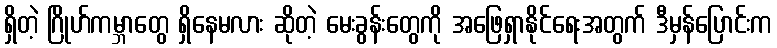
ရှိတဲ့ ဂြိုဟ်ကမ္ဘာတွေ ရှိနေမလား ဆိုတဲ့ မေးခွန်းတွေကို အဖြေရှာနိုင်ရေးအတွက် ဒီမှန်ပြောင်းက